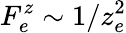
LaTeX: F_{e}^{z}\sim 1/z_{e}^{2}